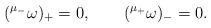
LaTeX: \begin{align*}({}^{\mu_-} \omega)_+ = 0, \qquad ({}^{\mu_+} \omega)_- = 0. \end{align*}